Vaccination United Provinces of Agra and Oudh 1914-1922 - 1914-1922
Year: 1914
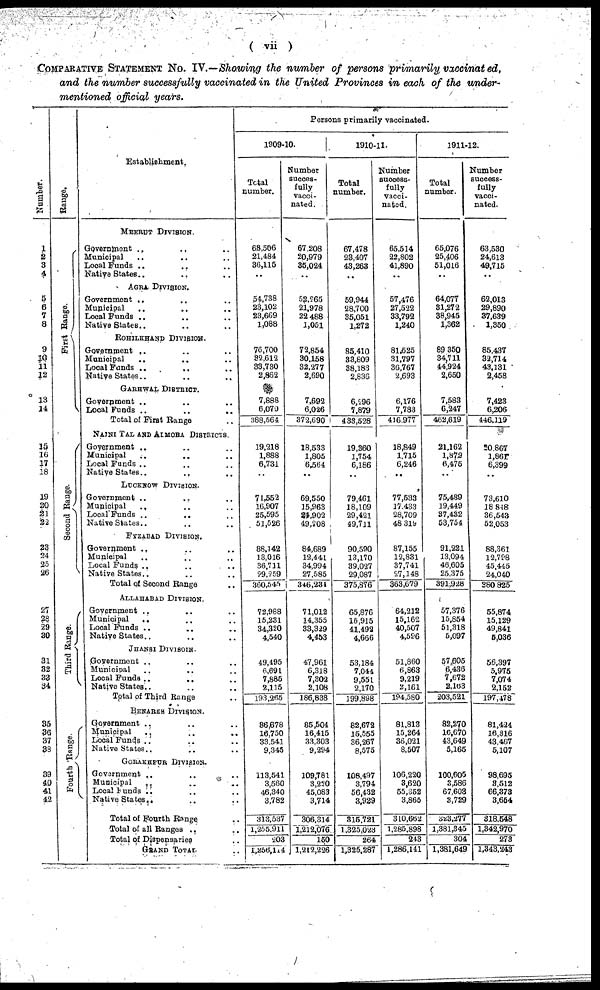
( vii )
COMPARATIVE STATEMENT No. IV.—Showing the number of persons primarily vaccinated,
and the number successfully vaccinated in the United Provinces in each of the under-
mentioned official years.
Number.
1
2 3
4
5
6
7
8
9
10
11
12
13
14
15
l6
17
18
19
20
21
22
23
24
25
26
27
28
29
30
31
32
33
34
35
36
37
39
39
40
41
42
Range.
First Range
Second Range.
Third Range.
Fourth Range.
Establishment.
MEERUT DIVISION.
Government .. .. ..
Municipal .. .. ..
Local Funds .. .. ..
Native States .. .. ..
AGRA DIVISION.
Government .. .. ..
Municipal.. .. ..
Local Funds .. .. ..
Native States.. .. ..
ROHILKHAND DIVISION.
Government .. .. ..
Municipal
.. .. ..
Local Funds .. .. ..
Native States.. .. ..
GARHWAL DISTRICT.
Government .. .. ..
Local Funds ..
..
Total of First Range ..
NAINI TAL, AND ALMORA DISTRICTS
Government .. .. ..
Municipal .. .. ..
Local Funds .. .. ..
Native States.. .. ..
LUCKNOW DIVISION.
Government .. .. ..
Municipal
.. .. ..
Local Funds ..
.. ..
Native States.. .. ..
FYZABAD DIVISION.
Government .. .. ..
Municipal .. .. ..
Local Funds .. .. ..
Native States.. .. ..
Total of Second Range ..
ALLAHABAD DIVISION
Government .. .. ..
Municipal
.. .. ..
Local Funds .. .. ..
Native States.. .. ..
JHANSI DIVISOIN
Government .. .. ..
Municipal .. .. ..
Local Funds ..
.. ..
Native States.. .. ..
Total of Third Range ..
BENARES DIVISION.
Government .. .. ..
Municipal .. .. ..
Local Funds .. .. ..
Native States.. .. ..
GORAKHPUR DIVISION.
Government .. .. ..
Municipal .. .. ..
Local Funds .. .. ..
Native States.. .. ..
Total of Fourth Range ..
Total of all Ranges ..
Total of Dispensaries ..
GRAND TOTAL ..
Persons primarily vaccinated.
1909-10.
Total
number.
68,506
21,484
36,115
..
54,738
23,102
23,669
1,088
76,700
32,612
33,730
2,862
7,888
6,070
388,564
19,218
1,888
6,731
..
71,552
16,907
25,595
51,526
88,142
13,016
36,711
29,259
360,545
72,988
15,231
34,320
4,540
49,495
6,691
7,885
2,115
193,265
86,678
16,750
33,541
9,345
113,541
3,560
46,340
3,782
313,537
1,255,911
203
1,256,114
Number
succss¬
fully
vacci-
nated.
67,208
20,979
35,024
..
52,265
21,978
22,488
1,051
72,854
30,158
32,277
2,690
7,692
6,026
372,690
18,533
1,805
6,564
..
69,550
15,863
24,902
49,208
84,689
12,441
34,994
27,585
346,234
71,012
14,355
33,329
4,453
47,961
6,318
7,302
2,108
186,838
85,504
16,415
33,303
9,294
109,781
3,220
45,083
3,714
306,314
1,212,076
150
1,212,226
1910-11
Total
number.
67,478
23,407
43,263
..
59,944
28,700
35,051
1,272
85,410
33,809
38,183
2,836
6,296
7,879
433,528
19,360
1,754
6,186
..
79,461
18,109
29,421
49,711
90,590
13,170
39,027
29,087
375,876
65,876
15,915
41,492
4,666
53,184
7,044
9,551
2,170
199,898
82,672
15,555
36,267
8,575
108,497
3,794
56,432
3,929
315,721
1,325,023
264
1,325,287
Number
success-
fully
vacci¬
nated.
65,514
22,802
41,890
..
57,476
27,522
33,792
1,240
81,525
31,797
36,767
2,693
6,176
7,783
416,977
18,849
1,715
6,246
..
77,533
17,433
28,709
48,319
87,155
12,831
37,741
27,148
363,679
64,212
15,162
40,507
4,596
51,860
6,863
9,219
2,161
194,580
81,813
15,264
36,021
8,507
106,220
3,620
55,352
3,865
310,662
1,285,898
243
1,286,141
1911-12.
Total
number.
65,076
25,406
51,016
..
64,077
31,272
38,945
1,362
89,350
34,711
44,924
2,650
7,583
6,247
462,619
21,162
1,872
6,475
..
75,489
19,449
37,432
53,754
91,221
13,094
46,605
25,375
391,928
57,376
15,854
51,318
5,097
57,606
6,436
7,672
2,163
203,521
82,270
16,670
43,649
5,165
100,605
3,586
67,603
3,729
323,277
1,381,345
304
1,381,649
Number
success-
fully
vacci-
nated.
63,530
24,613
49,715
..
62,013
29,890
37,639
1,350
85,437
32,714
43,131
2,458
7,423
6,206
446,119
20,867
1,861
6,399
..
73,610
18,848
36,543
52,053
88,361
12,798
45,445
24,040
380,825
55,874
15,129
49,841
5,036
56,397
5,975
7,074
2,152
197,478
81,424
16,816
43,407
5,107
98,695
3,512
66,373
3,654
318,548
1,342,970
273
1,343,243